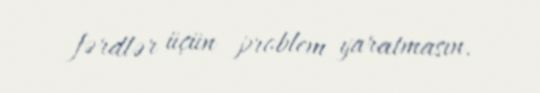
fərdlər üçün problem yaratmasın.